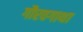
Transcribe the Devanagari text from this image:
गौरवगाथा